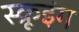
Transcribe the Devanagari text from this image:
स्क्रूइंग